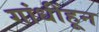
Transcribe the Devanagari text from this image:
गांधींहून